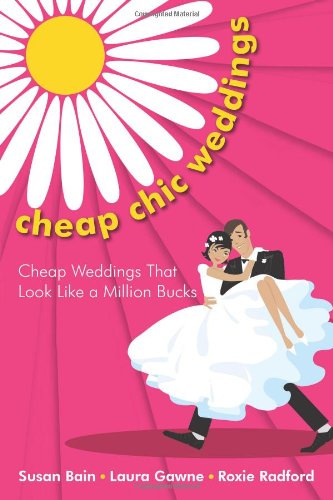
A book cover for Cheap Chic Weddings: Cheap Weddings that Look Like a Million Bucks; Susan Bain; Crafts, Hobbies & Home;